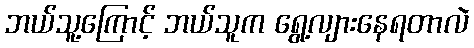
ဘယ်သူ့ကြောင့် ဘယ်သူက ရွေ့လျားနေရတာလဲ